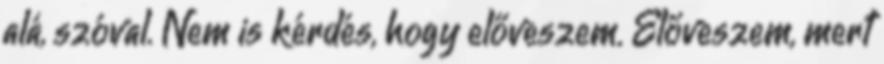
alá, szóval. Nem is kérdés, hogy előveszem. Előveszem, mert